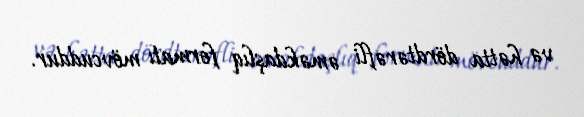
və hətta dördtərəfli əməkdaşlıq formatı mövcuddur.